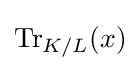
{\text{Tr}}_{K/L}(x)